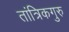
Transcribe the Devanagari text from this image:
तांत्रिकगुरु